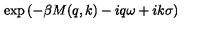
\exp \left( - \beta M ( q , k ) - i q \omega + i k \sigma \right)